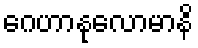
ဂေဟာနုလောမာနိ